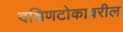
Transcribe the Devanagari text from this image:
दक्षिणटोकावरील